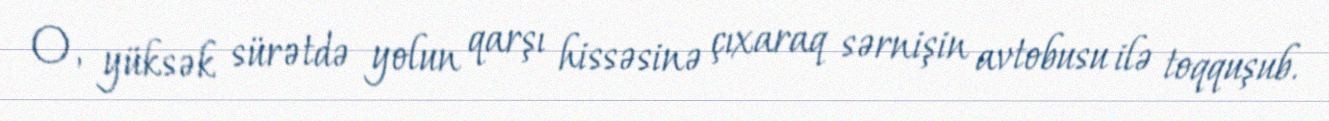
O, yüksək sürətdə yolun qarşı hissəsinə çıxaraq sərnişin avtobusu ilə toqquşub.